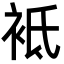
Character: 袛